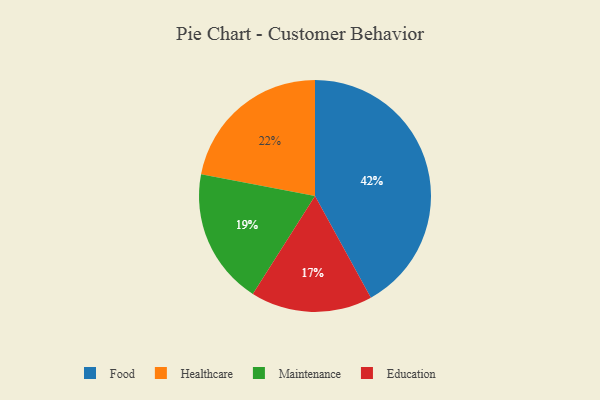
{"axis": {"x": "Category", "y": "Percentage"}, "legend": ["Education", "Food", "Healthcare", "Maintenance"], "data": [{"x": "Healthcare", "y": 22, "type": "Healthcare"}, {"x": "Education", "y": 17, "type": "Education"}, {"x": "Food", "y": 42, "type": "Food"}, {"x": "Maintenance", "y": 19, "type": "Maintenance"}]}